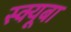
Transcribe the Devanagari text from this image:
स्क्यूबा